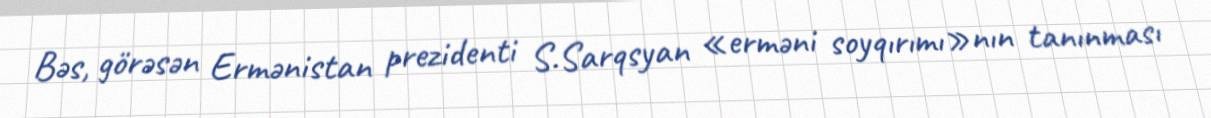
Bəs, görəsən Ermənistan prezidenti S.Sarqsyan «erməni soyqırımı»nın tanınması